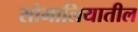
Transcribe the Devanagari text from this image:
सोमालियातील